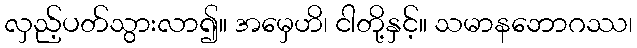
လှည့်ပတ်သွားလာ၍။ အမှေဟိ၊ ငါတို့နှင့်။ သမာနဘောဂဿ၊